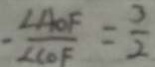
- \frac { \angle A O F } { \angle C O F } = \frac { 3 } { 2 }